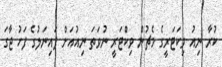
ކުރާ ނިއު ވިކަޓަރީގެ މެޗުން ވިކްޓަރީ ނުވަތަ ނިއުއަށް ފައިނަލުގެ ފަހު ޖާގަ